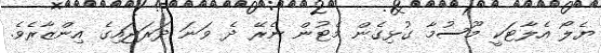
ޔެލޯ އެލާޓަކީ މޫސުމާ ގުޅިގެން މެޓުން ނެރޭ ދެ ވަނަ ދަރަޖައިގެ އިންޒާރެވެ.